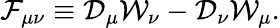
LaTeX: {\cal F}_{\mu\nu}\equiv{\cal D}_{\mu}{\cal W}_{\nu}-{\cal D}_{\nu}{\cal W}_{\mu}.